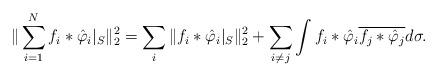
LaTeX: \begin{align*}\| \sum_{i=1}^{N} f_i \ast \hat \varphi_i |_{S} \|_2^2 = \sum_{i} \|f_i \ast \hat \varphi_i |_{S} \|_2^2+ \sum_{i \neq j} \int f_i \ast \hat \varphi_i \overline{f_j \ast \hat \varphi_j} d\sigma.\end{align*}